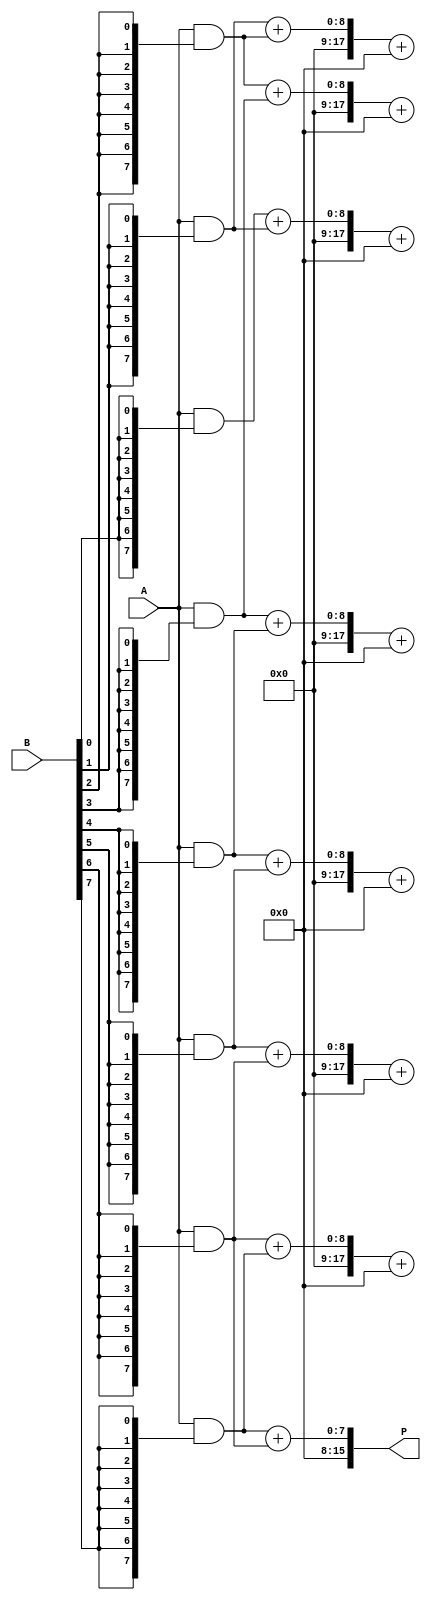
module AdaptiveWallaceTreeMultiplier #(parameter N = 8) (
    input [N-1:0] A,
    input [N-1:0] B,
    output reg [2*N-1:0] P
);

    // Partial product generation
    wire [N-1:0] pp [0:N-1]; // Partial products
    genvar i;
    generate
        for (i = 0; i < N; i = i + 1) begin: pp_gen
            assign pp[i] = A & {N{B[i]}}; // AND A with each bit of B
        end
    endgenerate

    // Wallace tree reduction
    wire [N+1:0] sum [0:N-1]; // Sums for Wallace tree
    wire [N-1:0] carry [0:N-1]; // Carries for Wallace tree

    // Initial partial product stage
    genvar j;
    generate
        for (j = 0; j < N; j = j + 1) begin: initial_stage
            assign sum[j] = {1'b0, pp[j]}; // Extend sum to handle carry
            assign carry[j] = 0; // Initial carry is zero
        end
    endgenerate

    // Wallace tree reduction stages
    integer stage;
    always @(*) begin
        for (stage = 0; stage < N; stage = stage + 1) begin
            if (stage < N-1) begin
                // Group of three bits reduction
                {carry[stage+1], sum[stage+1]} = sum[stage][N:0] + sum[stage+1][N:0] + carry[stage];
            end
        end
    end

    // Final addition of last two sums using a carry-lookahead or carry-select adder
    wire [N+1:0] final_sum;
    wire final_carry;

    assign {final_carry, final_sum} = sum[N-1] + sum[N-2];

    // Final product output
    always @(*) begin
        P = {final_carry, final_sum[N-1:0]};
    end

endmodule